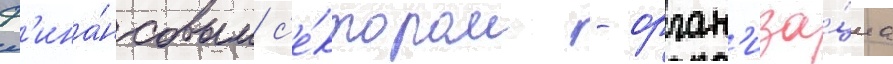
ф'ина́нсовым с'е́ктором - орган'иза́циа